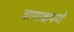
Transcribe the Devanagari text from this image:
चाणाक्षपणे